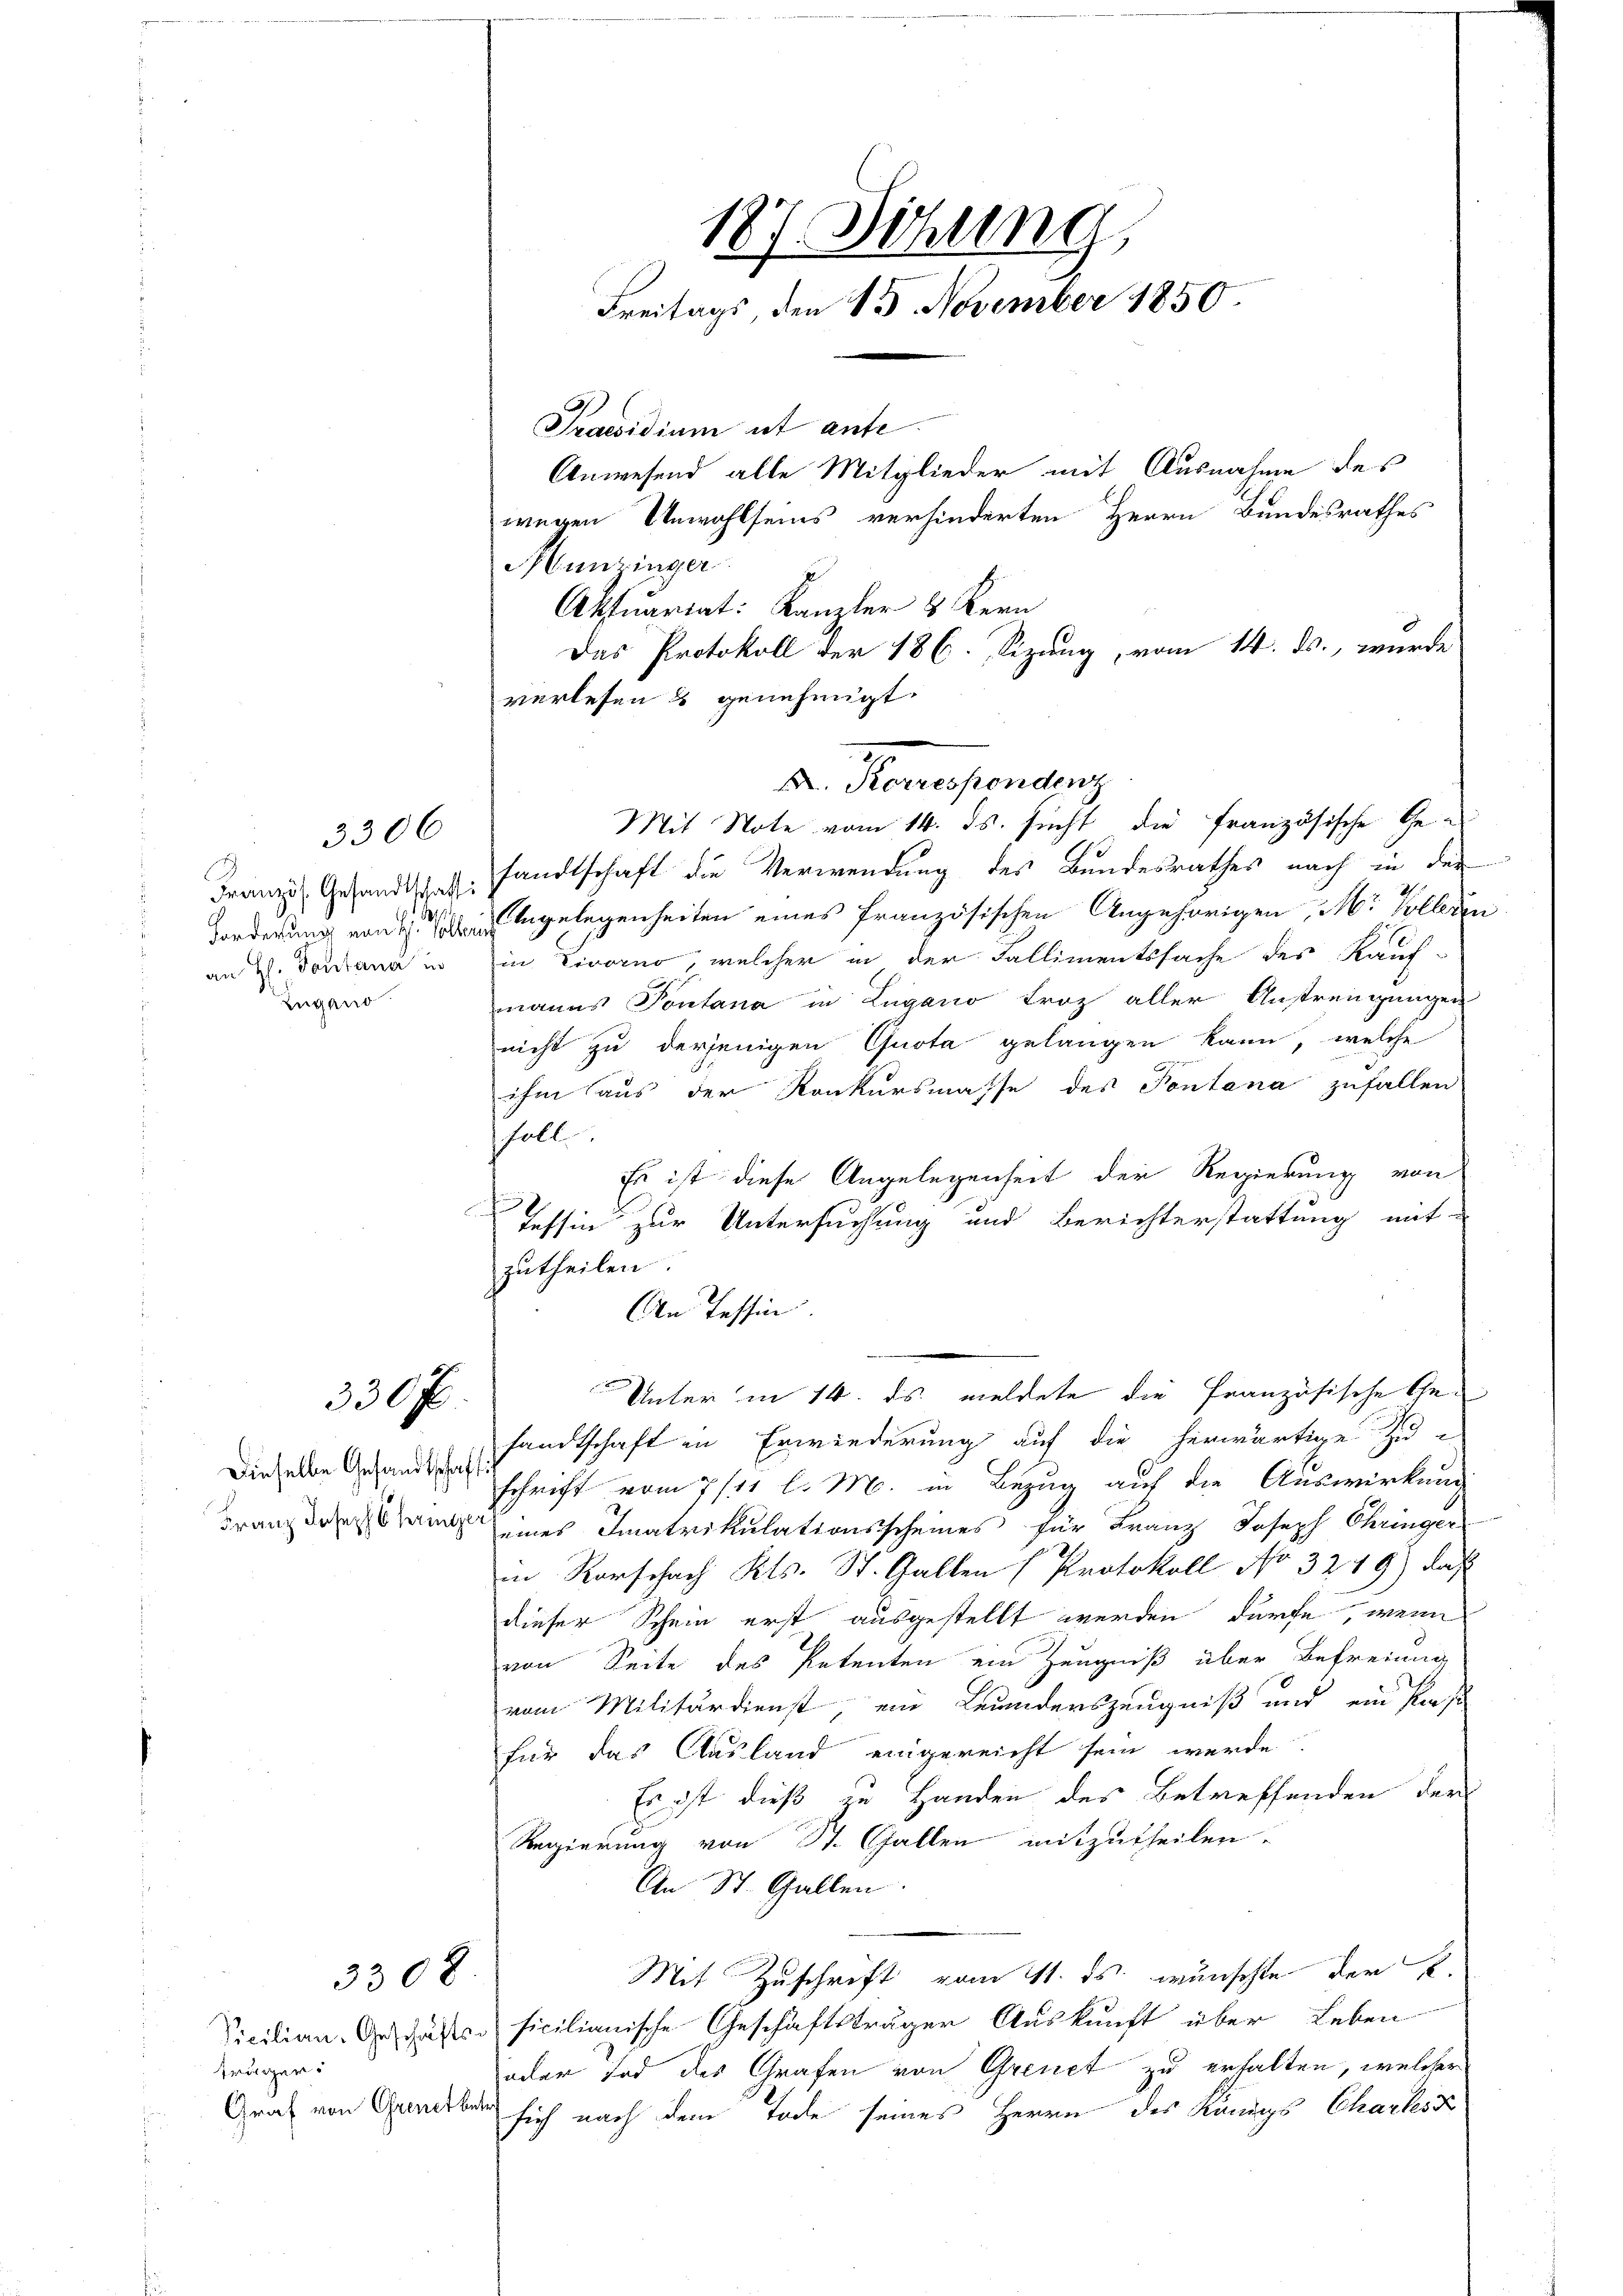
an H. Pontana in
Zugano

3306

330 f

Dieselbe Gesandtschaft:

330 x

Französ. Gesandtsch v. Handtschaft die Verwendung des Bundesrathes nach in der
Forderung von Angelegenheiten eines französischen Angehörigen, M. Vollerin
in Livorno, welcher in der Fallimentssache des Kauf-
manns Pontana in Zugano Froz aller Anstrengungen
nicht zu derjenigen Quota gelangen kann, welche
ihm aus der Konkursmasse des Pontana zufallen
holl
Es ist diese Angelegenheit der Regierung von
Tessin zur Untersuchung und Berichterstattung mit-
zutheilen.
An Tessin
Unter in 14. ds. meldete die französische Gesandtschaft in Erwiederung auf die herwärtige Zu-
schrift vom 7/11 l. M. in Bezug auf die Auswirkung
Franz daran eines Imatrikulationsscheines für Franz Joseph Chringer
in Rorschach Kts. St. Gallen (Protokoll No 3249) daß
dieser Schein erst ausgestellt werden dürfe, wenn
von Seite des Petenten ein Zeugniß über Befreiung
vom Militärdienst, ein Leumdenszeugniß und ein Past
für das Ausland eingereicht sein werde.
Er ist dieß zu Handen des Betreffenden der
Regierung von St. Gallen mitzutheilen.
An St. Gallen.
Mit Zuschrift vom 11. ds. wünschte der K.
Vicilian-Geschäften sicilianische Geschäftsträger Auskunft über Leben
oder Tod des Grafen von Greuet zu erhalten, welcher
Graf von Grandbar sich nach dem Tode seines Herrn des Königs Charlesu

frügen.

187. Sichung,
Freitags, den 15. November 1850.
Praesidium ist ante.
Anwesend alle Mitglieder mit Ausnahme des
wegen Unwohlseins verhinderten Herrn Bundesrathes
Munzinger
Aktuariat: Kanzler & Kern
Das Protokoll der 186. Sizung, vom 14. ds., wurde
verlesen & genehmigt.

F. Korrespondenz
Mit Note vom 14. ds. sucht die französische Ge¬